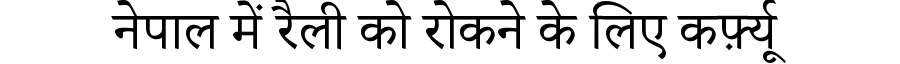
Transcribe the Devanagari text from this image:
नेपाल में रैली को रोकने के लिए कर्फ़्यू